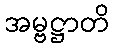
အမ္ဗဋ္ဌာတိ